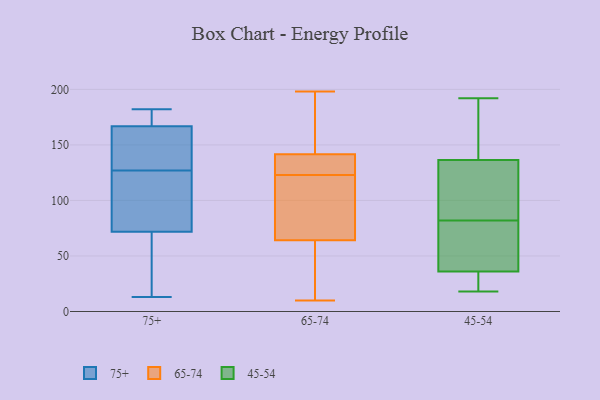
{"axis": {"x": "Website Visitors", "y": "Value"}, "legend": ["45-54", "65-74", "75+"], "data": [{"x": "", "y": 163, "type": "75+"}, {"x": "", "y": 172, "type": "75+"}, {"x": "", "y": 127, "type": "75+"}, {"x": "", "y": 35, "type": "75+"}, {"x": "", "y": 77, "type": "75+"}, {"x": "", "y": 168, "type": "75+"}, {"x": "", "y": 104, "type": "75+"}, {"x": "", "y": 70, "type": "75+"}, {"x": "", "y": 163, "type": "75+"}, {"x": "", "y": 13, "type": "75+"}, {"x": "", "y": 182, "type": "75+"}, {"x": "", "y": 121, "type": "65-74"}, {"x": "", "y": 134, "type": "65-74"}, {"x": "", "y": 179, "type": "65-74"}, {"x": "", "y": 114, "type": "65-74"}, {"x": "", "y": 41, "type": "65-74"}, {"x": "", "y": 139, "type": "65-74"}, {"x": "", "y": 149, "type": "65-74"}, {"x": "", "y": 123, "type": "65-74"}, {"x": "", "y": 124, "type": "65-74"}, {"x": "", "y": 10, "type": "65-74"}, {"x": "", "y": 30, "type": "65-74"}, {"x": "", "y": 138, "type": "65-74"}, {"x": "", "y": 108, "type": "65-74"}, {"x": "", "y": 170, "type": "65-74"}, {"x": "", "y": 59, "type": "65-74"}, {"x": "", "y": 66, "type": "65-74"}, {"x": "", "y": 198, "type": "65-74"}, {"x": "", "y": 192, "type": "45-54"}, {"x": "", "y": 35, "type": "45-54"}, {"x": "", "y": 64, "type": "45-54"}, {"x": "", "y": 37, "type": "45-54"}, {"x": "", "y": 23, "type": "45-54"}, {"x": "", "y": 146, "type": "45-54"}, {"x": "", "y": 127, "type": "45-54"}, {"x": "", "y": 68, "type": "45-54"}, {"x": "", "y": 117, "type": "45-54"}, {"x": "", "y": 168, "type": "45-54"}, {"x": "", "y": 96, "type": "45-54"}, {"x": "", "y": 18, "type": "45-54"}]}